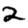
Digit: 2